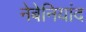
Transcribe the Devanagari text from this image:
नेबेनियांद